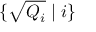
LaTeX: \{ { \sqrt { Q _ { i } } } \mid i \}